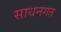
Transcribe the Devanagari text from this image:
साधनगत